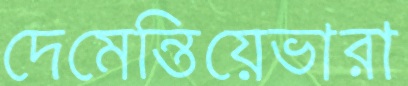
দেমেন্তিয়েভারা